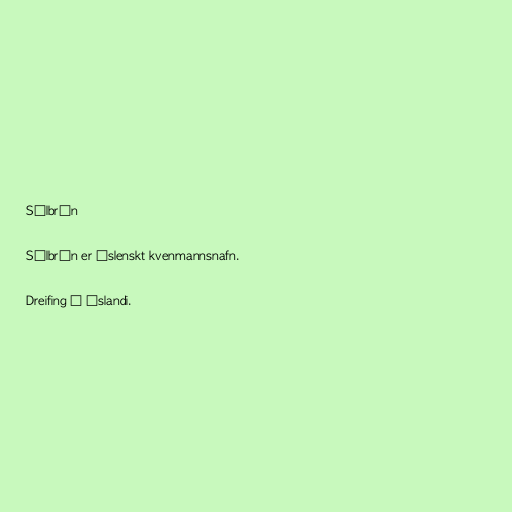
Sólbrún

Sólbrún er íslenskt kvenmannsnafn.

Dreifing á Íslandi.